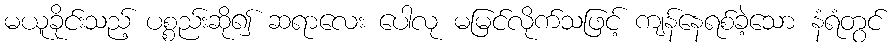
မယူခိုင်းသည့် ပစ္စည်းဆို၍ ဆရာလေး ပေါလု မမြင်လိုက်သဖြင့် ကျန်နေရစ်ခဲ့သော နံရံတွင်